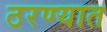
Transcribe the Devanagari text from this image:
ठरण्यात